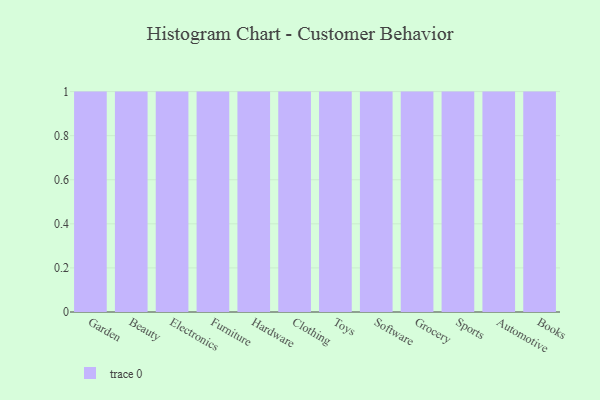
{"axis": {"x": "Category", "y": "Active Users"}, "legend": [""], "data": [{"x": "Garden", "y": 82, "type": ""}, {"x": "Beauty", "y": 4, "type": ""}, {"x": "Electronics", "y": 6, "type": ""}, {"x": "Furniture", "y": 17, "type": ""}, {"x": "Hardware", "y": 100, "type": ""}, {"x": "Clothing", "y": 92, "type": ""}, {"x": "Toys", "y": 10, "type": ""}, {"x": "Software", "y": 89, "type": ""}, {"x": "Grocery", "y": 49, "type": ""}, {"x": "Sports", "y": 7, "type": ""}, {"x": "Automotive", "y": 86, "type": ""}, {"x": "Books", "y": 13, "type": ""}]}